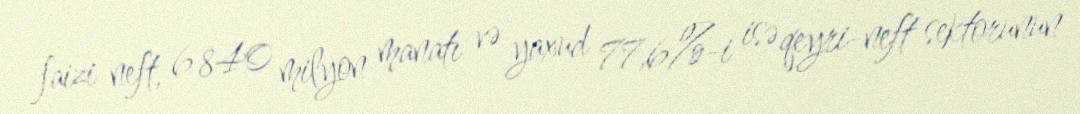
faizi neft, 6 840 milyon manatı və yaxud 77,6%-i isə qeyri-neft sektorunun